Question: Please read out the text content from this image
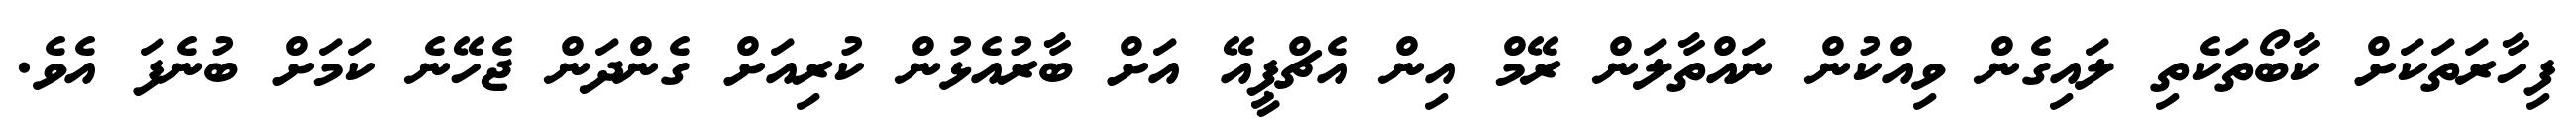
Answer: ފިހާރަތަކަށް ކާބޯތަކެތި ލައިގެން ވިއްކުން ނައްތާލަން ރޭމް އިން އެޗްޕީއޭ އަށް ބާރުއެޅުން ކުރިއަށް ގެންދަން ޖެހޭނެ ކަމަށް ބުނެފަ އެވެ.